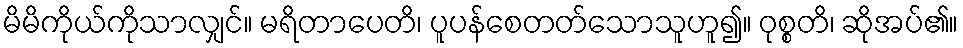
မိမိကိုယ်ကိုသာလျှင်။ မရိတာပေတိ၊ ပူပန်စေတတ်သောသူဟူ၍။ ဝုစ္စတိ၊ ဆိုအပ်၏။